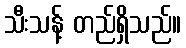
သီးသန့် တည်ရှိသည်။